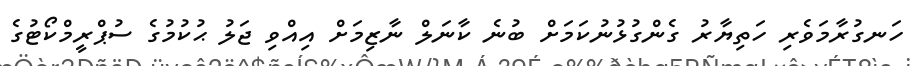
ހަނގުރާމަވެރި ހަތިޔާރު ގެންގުޅުނުކަމަށް ބުނެ ކާނަލް ނާޒިމަށް އިއްވި ޖަލު ޙުކުމުގެ ސުޕްރީމްކޯޓުގެ